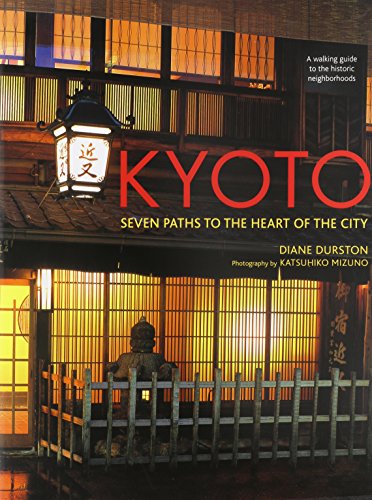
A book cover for Kyoto: Seven Paths to The Heart of The City; Diane Durston; Travel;